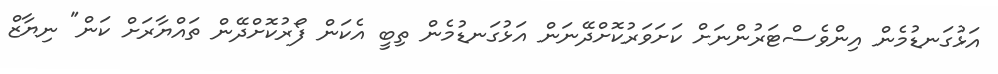
އަޅުގަނޑުމެން އިންވެސްޓަރުންނަށް ކަށަވަރުކޮށްދޭނަން އަޅުގަނޑުމެން ތިބީ އެކަން ފޯރުކޮށްދޭން ތައްޔާރަށް ކަން" ނިޔާޒް